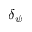
\delta _ { \psi }